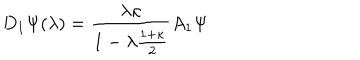
D _ { 1 } \Psi ( \lambda ) = \frac { \lambda \kappa } { 1 - \lambda \frac { 1 + \kappa } { 2 } } A _ { 1 } \Psi